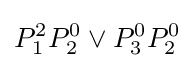
P_{1}^{2}P_{2}^{0}\lor P_{3}^{0}P_{2}^{0}